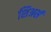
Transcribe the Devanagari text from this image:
शिअर्स